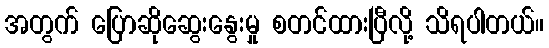
အတွက် ပြောဆိုဆွေးနွေးမှု စတင်ထားပြီလို့ သိရပါတယ်။